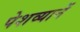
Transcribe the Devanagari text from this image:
पेशव्यानें